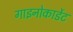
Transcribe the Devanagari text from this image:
गाइनोकार्डेट